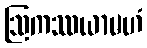
ဩကဿယာမဟံ